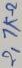
Text: 2,7KΩ